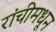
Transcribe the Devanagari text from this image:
रांचीमधून